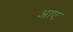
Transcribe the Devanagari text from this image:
अाए